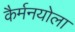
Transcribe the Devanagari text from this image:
कैर्मनयोला